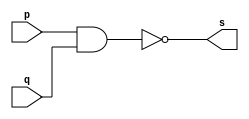
// ------------------------- 
// NAND 
// Lucas Ranieri
// ------------------------- 
module nandgate ( output s, 
input p, 
input q); 
assign s = ~(p & q); 
endmodule 

module testnandgate; 

reg a, b; 
wire s; 

nandgate NAND1 (s, a, b); 

initial begin:start 
a=0; b=0; 
end 

initial begin 
$display("Lucas Ranieri  - 451594"); 
$display("Test NAND gate"); 
$display("\na & b = s\n"); 
a=0; b=0; 
#1 $display("%b & %b = %b", a, b, s); 
a=0; b=1; 
#1 $display("%b & %b = %b", a, b, s); 
a=1; b=0; 
#1 $display("%b & %b = %b", a, b, s); 
a=1; b=1; 
#1 $display("%b & %b = %b", a, b, s); 
end 
endmodule // testnandgate